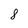
Character: 8